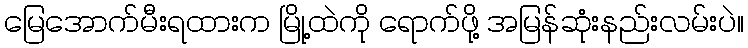
မြေအောက်မီးရထားက မြို့ထဲကို ရောက်ဖို့ အမြန်ဆုံးနည်းလမ်းပဲ။